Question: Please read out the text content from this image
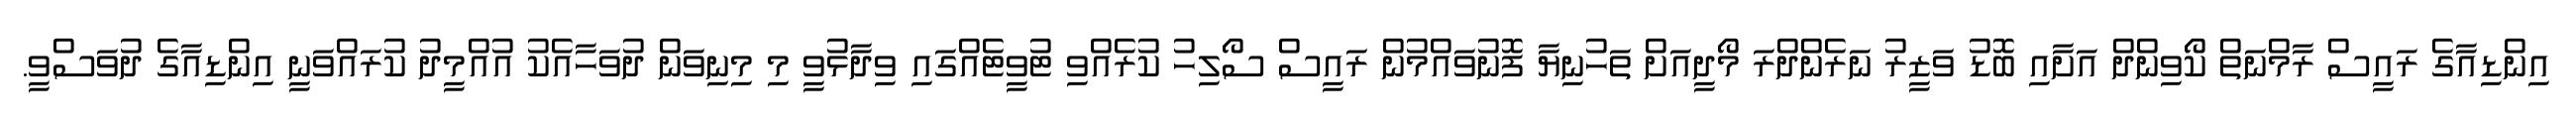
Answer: އިންޑިއާގެ ރައީސް ރާމްނަތް ކޯވިންދް އަށާއި ބޮޑު ވަޒީރު ނަރެންދްރަ މޯދީއަށް ތަހުނިޔާ ފޮނުވައްމުން ރައީސް ސޯލިހު ކުރެއްވި ޓުވީޓެއްގައި ވިދާޅުވީ މި މިނިވަން ދުވަހާއެކު އުއްމީދު ކުރައްވަނީ އިންޑިއާގެ ދުވަސްވީ.